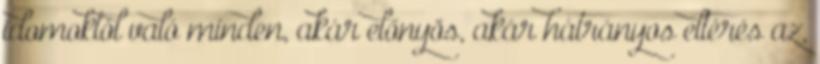
idomoktól való minden, akár előnyös, akár hátrányos eltérés az,